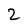
Character: 2